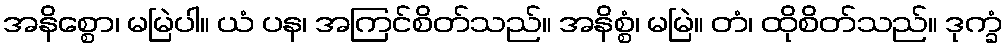
အနိစ္စော၊ မမြဲပါ။ ယံ ပန၊ အကြင်စိတ်သည်။ အနိစ္စံ၊ မမြဲ။ တံ၊ ထိုစိတ်သည်။ ဒုက္ခံ